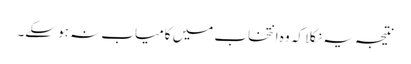
نتیجہ یہ نکلا کہ وہ انتخاب میں کامیاب نہ ہو سکے۔